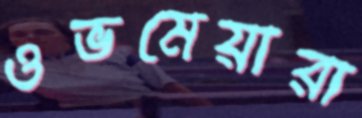
ওভমেয়ারা